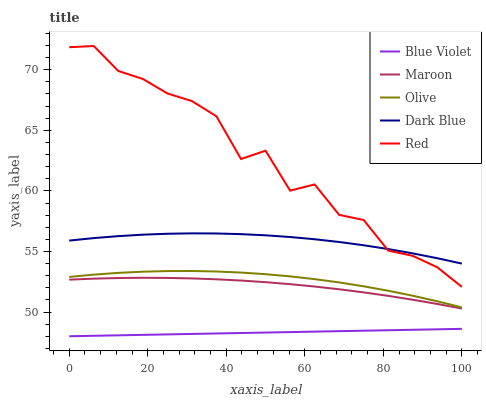
| xaxis_label | Blue Violet | Maroon | Olive | Dark Blue | Red |
 | --- | --- | --- | --- | --- | --- |
 | 0 | 48 | 52.7 | 52.9 | 55.9 | 71.9 |
 | 6.25 | 48 | 52.8 | 53.1 | 56.1 | 72 |
 | 12.5 | 48.1 | 52.8 | 53.2 | 56.3 | 69.9 |
 | 18.8 | 48.1 | 52.8 | 53.3 | 56.4 | 69.2 |
 | 25 | 48.2 | 52.8 | 53.4 | 56.5 | 68 |
 | 31.2 | 48.2 | 52.8 | 53.4 | 56.5 | 67.4 |
 | 37.5 | 48.2 | 52.7 | 53.3 | 56.5 | 66.2 |
 | 43.8 | 48.3 | 52.6 | 53.3 | 56.4 | 62.6 |
 | 50 | 48.3 | 52.5 | 53.1 | 56.3 | 63.3 |
 | 56.2 | 48.3 | 52.3 | 52.9 | 56.2 | 60 |
 | 62.5 | 48.4 | 52.1 | 52.7 | 56 | 60.5 |
 | 68.8 | 48.4 | 51.9 | 52.4 | 55.8 | 58 |
 | 75 | 48.5 | 51.6 | 52.1 | 55.5 | 57.6 |
 | 81.2 | 48.5 | 51.3 | 51.8 | 55.2 | 55.1 |
 | 87.5 | 48.5 | 51 | 51.3 | 54.8 | 54.6 |
 | 93.8 | 48.6 | 50.7 | 50.9 | 54.4 | 53.7 |
 | 100 | 48.6 | 50.3 | 50.4 | 54 | 52.1 |